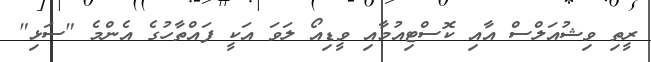
ރީތި ވިޝުއަލްސް އާއި ކޮސްޓިއުމާއި ވީޑިއޯ ލަވަ އަކީ ފައްތާހުގެ އެންމެ "ސަޅި"